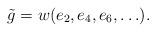
LaTeX: \begin{align*}\tilde{g}=w(e_2,e_4,e_6,\ldots).\end{align*}